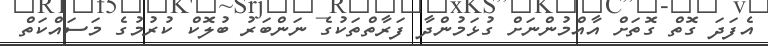
އެފަދަ ގޮތް ގޮތަށް އާއްމުންނަށް ގުޅަމުންދާ ފަރާތްތަކުގެ ނަންބަރު ބުލޮކް ކުރުމުގެ މަސައްކަތް